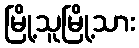
မြို့သူမြို့သား